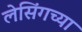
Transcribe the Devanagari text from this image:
लेसिंगच्या